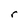
Character: r